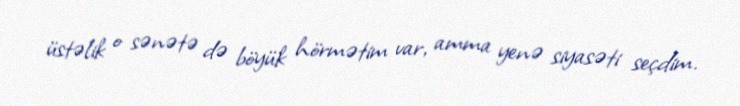
üstəlik o sənətə də böyük hörmətim var, amma yenə siyasəti seçdim.